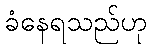
ခံနေရသည်ဟု